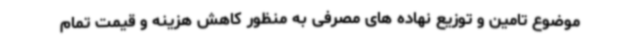
موضوع تامین و توزیع نهاده های مصرفی به منظور کاهش هزینه و قیمت تمام